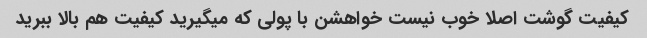
کیفیت گوشت اصلا خوب نیست خواهشن با پولی که میگیرید کیفیت هم بالا ببرید